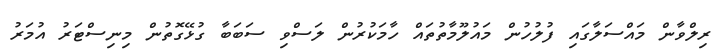
ރިލްވާން މައްސަލާގައި ފުލުހުން މައުލޫމާތުތައް ހާމަކުރުން ލަސްވި ސަބަބާ ގުޅޭގޮތުން މިނިސްޓަރު އުމަރު